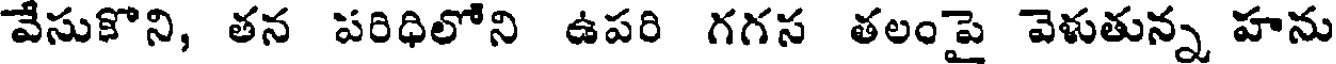
వేసుకొని, తన పరిధిలోని ఉపరి గగస తలంపై వెళుతున్న హను